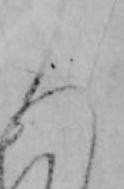
ろ